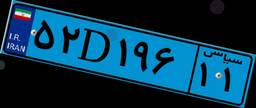
۵۲D۱۹۶۱۱